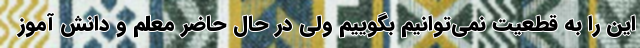
این را به قطعیت نمی‌توانیم بگوییم ولی در حال حاضر معلم و دانش آموز